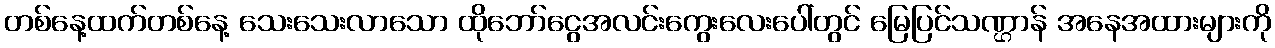
တစ်နေ့ထက်တစ်နေ့ သေးသေးလာသော ထိုဘော်ငွေအလင်းကွေးလေးပေါ်တွင် မြေပြင်သဏ္ဌာန် အနေအထားများကို